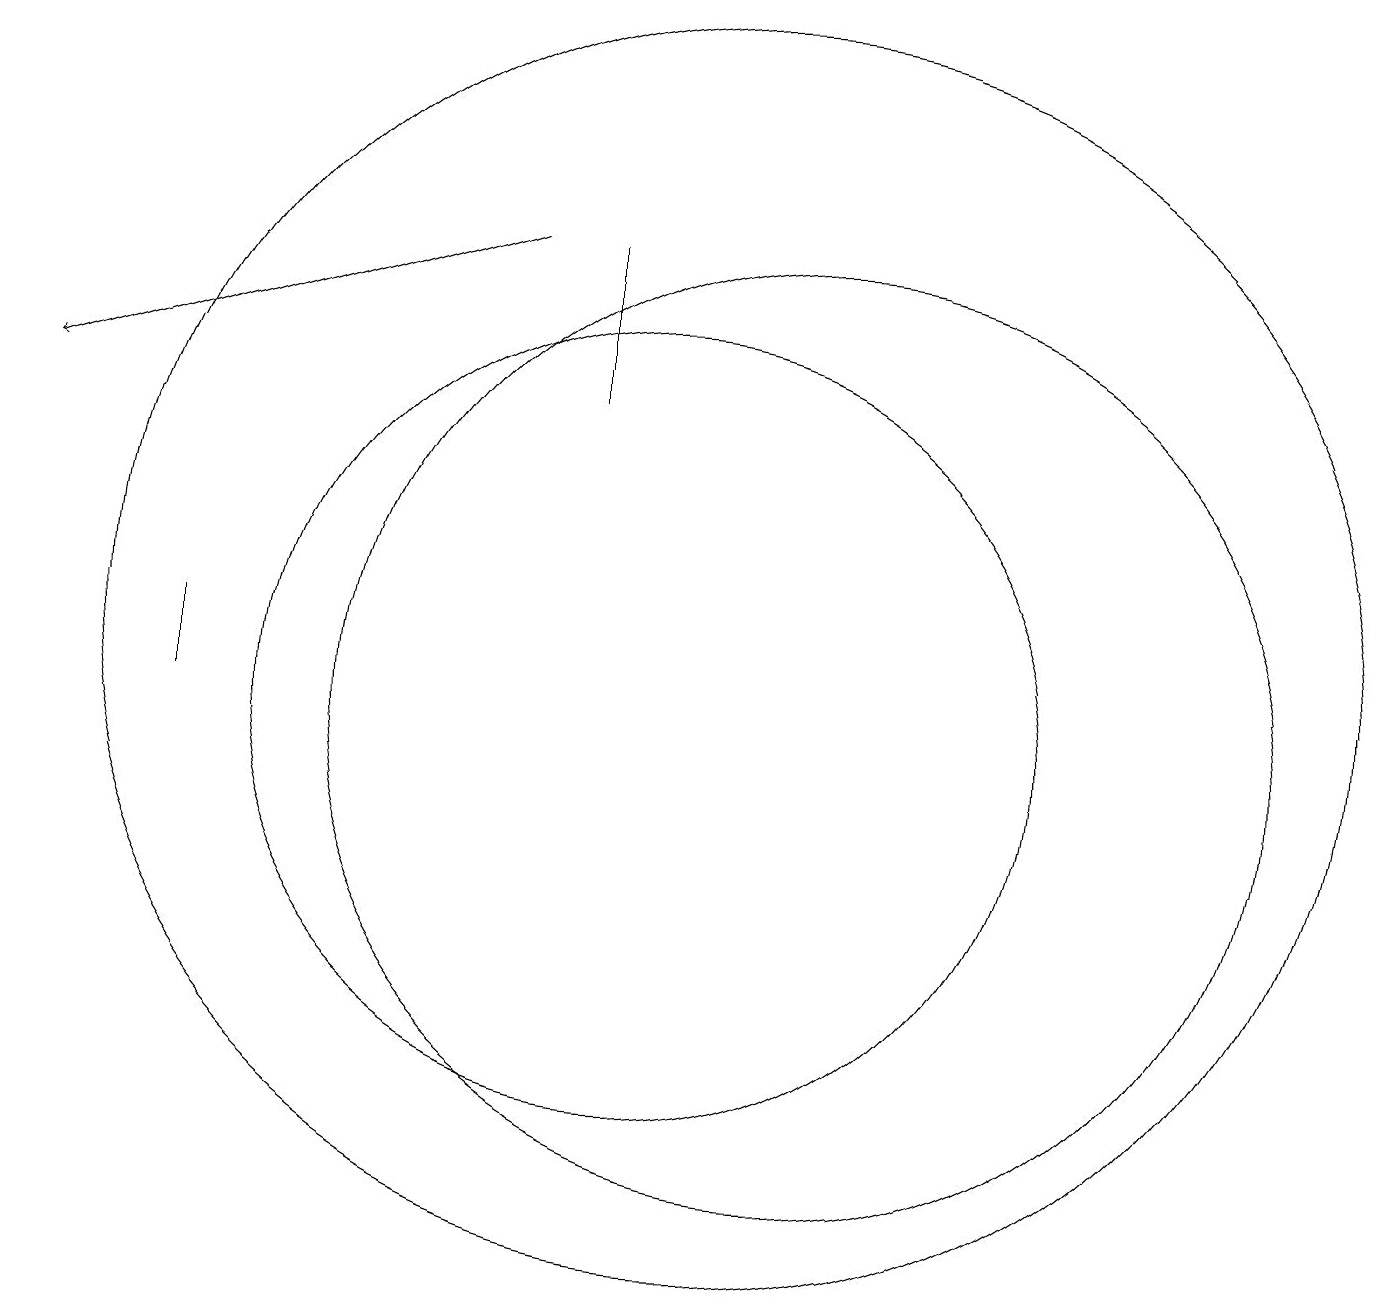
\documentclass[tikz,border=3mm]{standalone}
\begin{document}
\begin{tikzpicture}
\draw (12,11) circle (6);
\draw (11,12) circle (8);
\draw (10,12) circle (0);
\draw (9,15) rectangle (9,17);
\draw (10,11) circle (5);
\draw (4,11) rectangle (4,12);
\draw[->] (8,17) -- (2,15);
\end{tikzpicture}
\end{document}